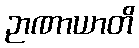
ဉာဏာယာတိ